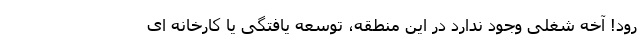
رود! آخه شغلی وجود ندارد در این منطقه، توسعه یافتگی یا کارخانه ای